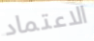
الاعتماد